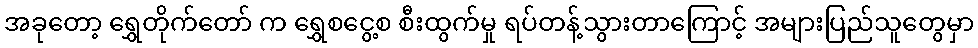
အခုတော့ ရွှေတိုက်တော် က ရွှေစငွေ့စ စီးထွက်မှု ရပ်တန့်သွားတာကြောင့် အများပြည်သူတွေမှာ